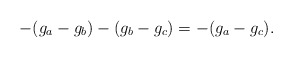
\begin{align*}-(g_a-g_b)-(g_b-g_c) = -(g_a-g_c).\end{align*}